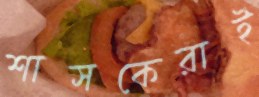
শাসকেরাই